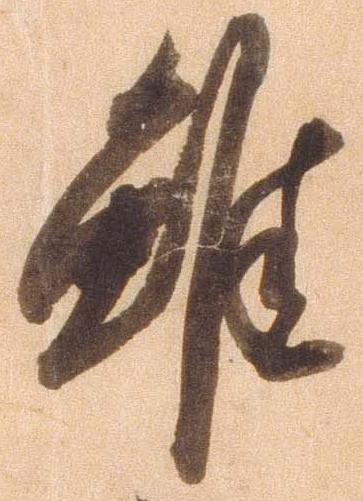
雖